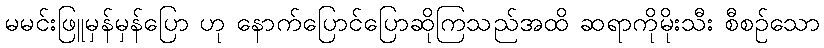
မမင်းဖြူမှန်မှန်ပြော ဟု နောက်ပြောင်ပြောဆိုကြသည်အထိ ဆရာကိုမိုးသီး စီစဉ်သော